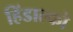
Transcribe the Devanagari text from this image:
हिंडाल्‍को